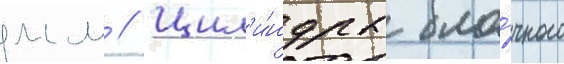
мм // Цил'и́ндры бло́чного